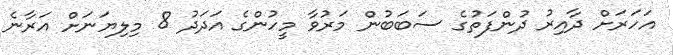
އަހަރަށް ދާއިރު ދުންފަތުގެ ސަބަބުން މަރުވާ މީހުންގެ އަދަދު 8 މިލިޔަނަށް އަރާނެ